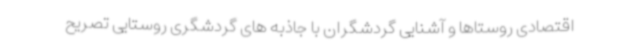
اقتصادی روستاها و آشنایی گردشگران با جاذبه های گردشگری روستایی تصریح